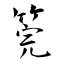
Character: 筦